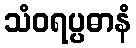
သံဝရပ္ပဓာနံ